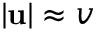
| \mathbf { u } | \approx v